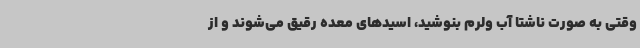
وقتی به صورت ناشتا آب ولرم بنوشید، اسیدهای معده رقیق می‌شوند و از